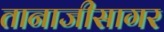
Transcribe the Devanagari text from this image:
तानाजीसागर